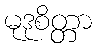
မုဒုစိတ္တာ